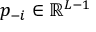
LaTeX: p _ { - i } \in \mathbb { R } ^ { L - 1 }